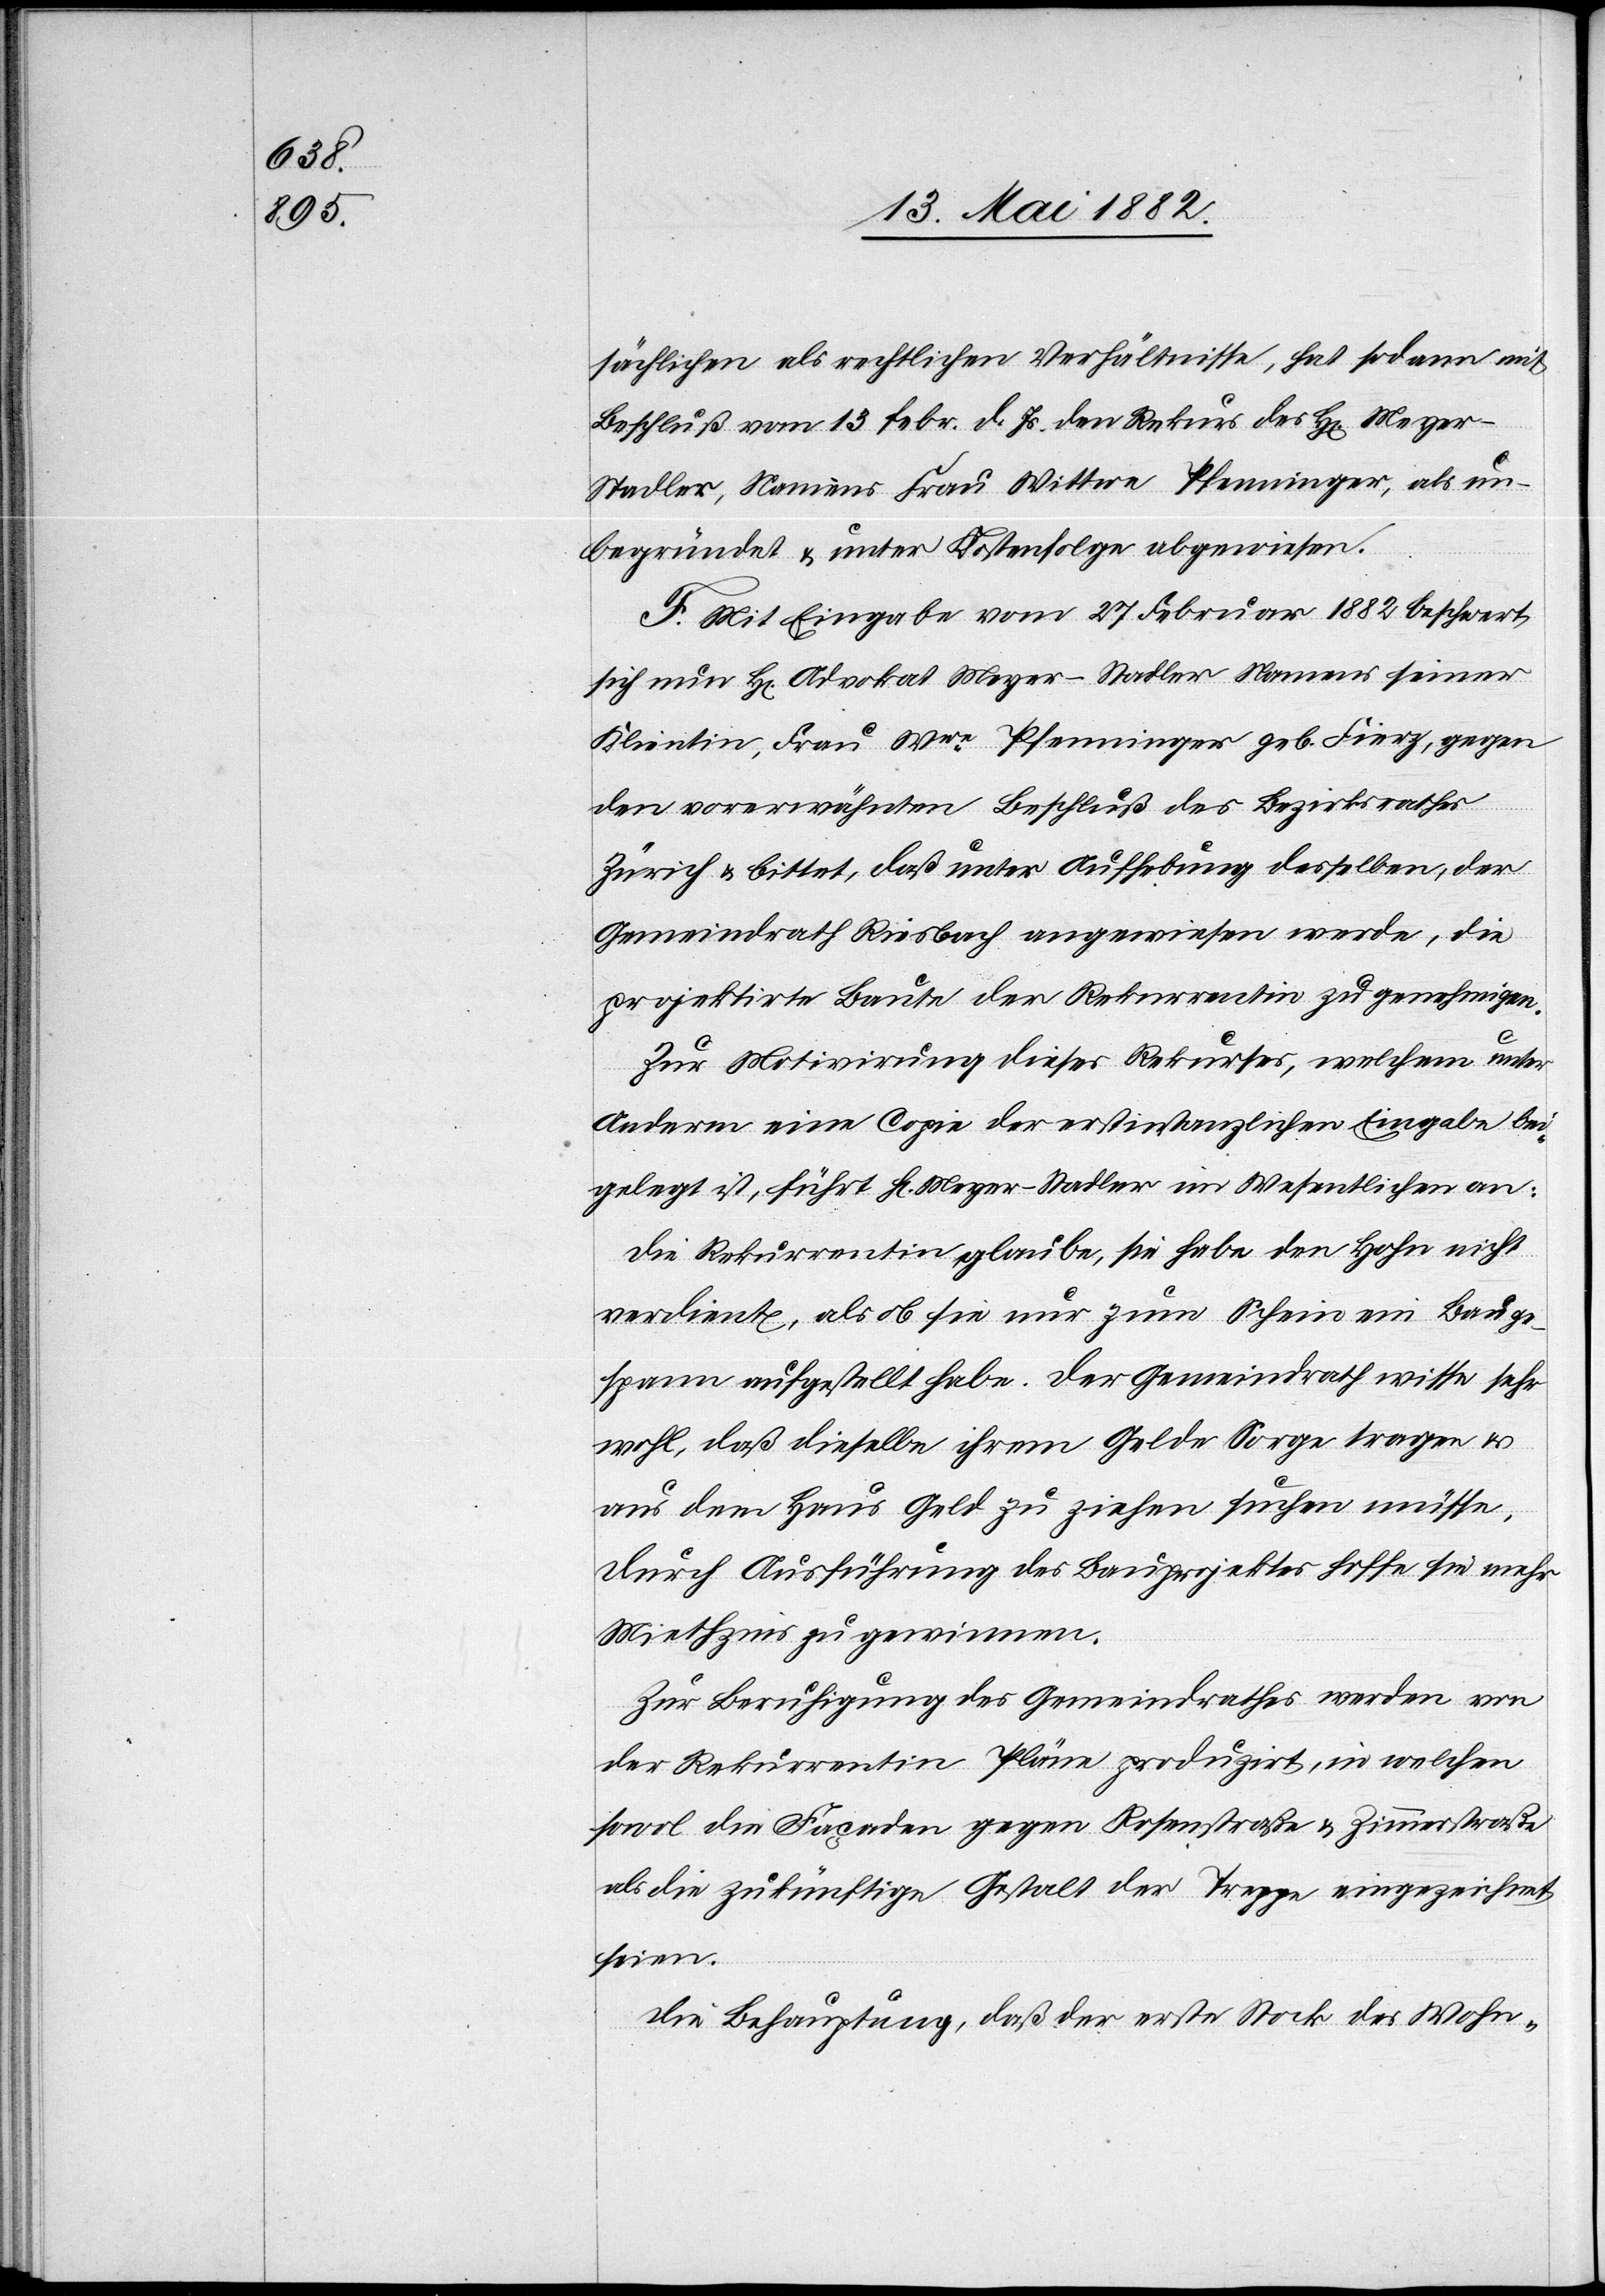
sächlichen als rechtlichen Verhältnisse, hat sodann mit
Beschluß vom 13. Febr. d. Js. den Rekurs des H[rn]. Meyer-S¬
tadler, Namens Frau Wittwe Pfenninger, als un¬
begründet & unter Kostenauflage abgewiesen.
F. Mit Eingabe vom 27. Februar 1882 beschwert
sich nun Hr. Advokat Meyer-Stadler Namens seiner
Klientin, Frau Wwe Pfenninger geb. Fierz, gegen
den vorerwähnten Beschluß des Bezirksrathes
Zürich & bittet, daß unter Aufhebung desselben, der
Gemeindrath Riesbach angewiesen werde, die
projektirte Baute der Rekurrentin zu genehmigen.
Zur Motivirung dieses Rekurses, welchem unter
Anderm eine Copie der erstinstanzlichen Eingabe bei¬
gelegt ist, führt Hr. Meyer-Stadler im Wesentlichen an:
Die Rekurrentin glaube, sie habe den Hohn nicht
verdient, als ob sie nur zum Schein ein Bauge¬
spann aufgestellt habe. Der Gemeindrath wisse sehr
wohl, daß dieselbe ihrem Gelde Sorge tragen &
aus dem Haus Geld zu ziehen suchen müsse.
Durch Ausführung des Bauprojektes hoffe sie mehr
Miethzins zu gewinnen.
Zur Beruhigung des Gemeindrathes werden von
der Rekurrentin Pläne produzirt, in welchen
sowol die Façaden gegen Rosenstraße & Zimmerstraße
als die zukünftige Gestalt der Treppe eingezeichnet
seien.
Die Behauptung, daß der erste Stock des Wohn-